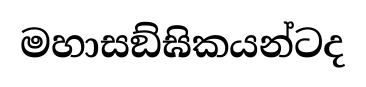
මහාසඞ්ඝිකයන්ටද